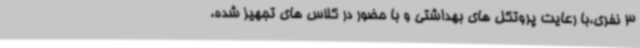
3 نفری،با رعایت پروتکل های بهداشتی و با حضور در کلاس های تجهیز شده،